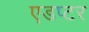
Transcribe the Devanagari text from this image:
एडप्टर